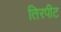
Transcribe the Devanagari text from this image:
तिरपीट